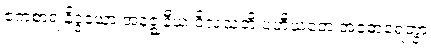
ဧကစာရံ နိဒ္ဒယော အနဇ္ဈနီယံ ဝိလသတိ ပဟီယတေ အဝဓာရေတွာ